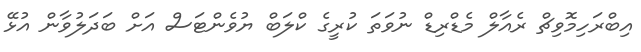
އިބްރަހިމޮވިޗް ރެއާލް މެޑްރިޑް ނުވަތަ ކުރީގެ ކްލަބް ޔުވެންޓަސް އަށް ބަދަލުވާން އުޅޭ